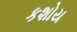
કશોય